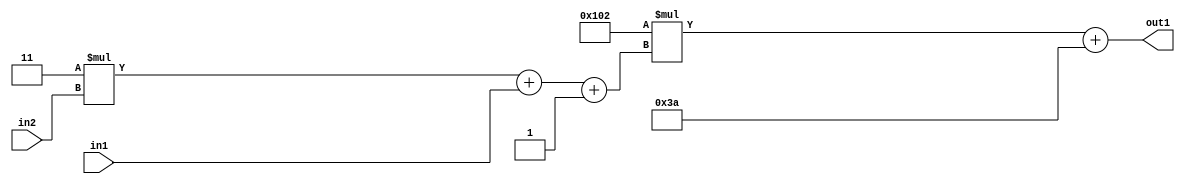
`timescale 1ps / 1ps
/*****************************************************************************
    Verilog RTL Description
    
    
    Created by: Stratus DpOpt 2019.1.01 
*******************************************************************************/

module DC_Filter_Add2i58Mul2i258Add3i1u1Mul2i3u2_4 (
	in2,
	in1,
	out1
	); /* architecture "behavioural" */ 
input [1:0] in2;
input  in1;
output [11:0] out1;
wire [11:0] asc001;
wire [3:0] asc002;

wire [3:0] asc002_tmp_0;
wire [3:0] asc002_tmp_1;
assign asc002_tmp_1 = 
	+(4'B0011 * in2);
assign asc002_tmp_0 = asc002_tmp_1
	+(in1);
assign asc002 = asc002_tmp_0
	+(4'B0001);

wire [11:0] asc001_tmp_2;
assign asc001_tmp_2 = 
	+(12'B000100000010 * asc002);
assign asc001 = asc001_tmp_2
	+(12'B000000111010);

assign out1 = asc001;
endmodule

/* CADENCE  vrP1QwA= : u9/ySgnWtBlWxVPRXgAZ4Og= ** DO NOT EDIT THIS LINE ******/